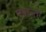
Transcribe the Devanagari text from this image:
प्लान्ते